Report of the Indian Hemp Drugs Commission, 1894-1895 - Volume IV
Year: 1894
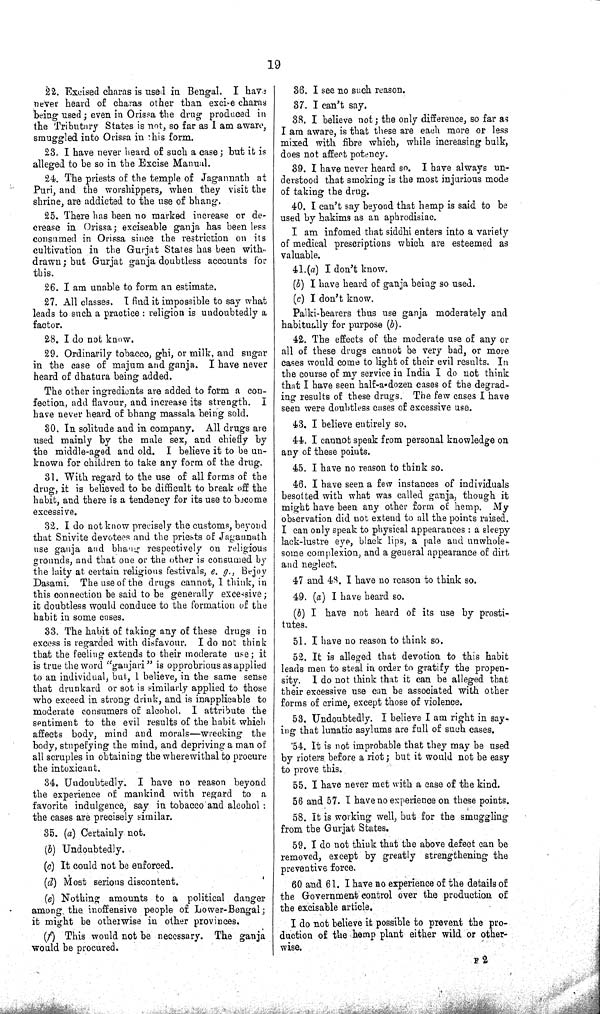
19
22. Excised charas is used in Bengal. I have
never heard of charas other than excise charas
being used; even in Orissa the drug produced in
the Tributary States is not, so far as I am aware,
smuggled into Orissa in this form.
23. I have never heard of such a case; but it is
alleged to be so in the Excise Manual.
24. The priests of the temple of Jagannath at
Puri, and the worshippers, when they visit the
shrine, are addicted to the use of bhang.
25. There has been no marked increase or de-
crease in Orissa; exciseable ganja has been less
consumed in Orissa since the restriction on its
cultivation in the Gurjat States has been with-
drawn; but Gurjat ganja doubtless accounts for
this.
26. I am unable to form an estimate.
27. All classes. I find it impossible to say what
leads to such a practice: religion is undoubtedly a
factor.
28. I do not know.
29. Ordinarily tobacco, ghi, or milk, and sugar
in the case of majum and ganja. I have never
heard of dhatura being added.
The other ingredients are added to form a con-
fection, add flavour, and increase its strength. I
have never heard of bhang massala being sold.
30. In solitude and in company. All drugs are
used mainly by the male sex, and chiefly by
the middle-aged and old. I believe it to be un-
known for children to take any form of the drug.
31. With regard to the use of all forms of the
drug, it is believed to be difficult to break off the
habit, and there is a tendency for its use to become
excessive.
32. I do not know precisely the customs, beyond
that Snivite devotees and the priests of Jagannath
use ganja and bhang respectively on religious
grounds, and that one or the other is consumed by
the laity at certain religious festivals, e. g., Bejoy
Dasami. The use of the drugs cannot, I think, in
this connection be said to be generally excessive;
it doubtless would conduce to the formation of the
habit in some cases.
33. The habit of taking any of these drugs in
excess is regarded with disfavour. I do not think
that the feeling extends to their moderate use; it
is true the word "ganjari" is opprobrious as applied
to an individual, but, I believe, in the same sense
that drunkard or sot is similarly applied to those
who exceed in strong drink, and is inapplicable to
moderate consumers of alcohol. I attribute the
sentiment to the evil results of the habit which
affects body, mind and morals—wrecking the
body, stupefying the mind, and depriving a man of
all scruples in obtaining the wherewithal to procure
the intoxicant.
34. Undoubtedly. I have no reason beyond
the experience of mankind with regard to a
favorite indulgence, say in tobacco and alcohol:
the cases are precisely similar.
35. (a) Certainly not.
(b) Undoubtedly.
(c) It could not be enforced.
(d) Most serious discontent.
(e) Nothing amounts to a political danger
among the inoffensive people of Lower-Bengal;
it might be otherwise in other provinces.
(f) This would not be necessary. The ganja
would be procured.
36. I see no such reason.
37. I can't say.
38. I believe not; the only difference, so far as
I am aware, is that these are each more or less
mixed with fibre which, while increasing bulk,
does not affect potency.
39. I have never heard so. I have always un-
derstood that smoking is the most injurious mode
of taking the drug.
40. I can't say beyond that hemp is said to be
used by hakims as an aphrodisiac.
I am infomed that siddhi enters into a variety
of medical prescriptions which are esteemed as
valuable.
41.(a) I don't know.
(b) I have heard of ganja being so used.
(c) I don't know.
Palki-bearers thus use ganja moderately and
habitually for purpose (b).
42. The effects of the moderate use of any or
all of these drugs cannot be very bad, or more
cases would come to light of their evil results. In
the course of my service in India I do not think
that I have seen half-a-dozen cases of the degrad-
ing results of these drugs. The few cases I have
seen were doubtless cases of excessive use.
43. I believe entirely so.
44. I cannot speak from personal knowledge on
any of these points.
45. I have no reason to think so.
46. I have seen a few instances of individuals
besotted with what was called ganja, though it
might have been any other form of hemp. My
observation did not extend to all the points raised.
I can only speak to physical appearances: a sleepy
lack-lustre eye, black lips, a pale and unwhole-
some complexion, and a general appearance of dirt
and neglect.
47 and 48. I have no reason to think so.
49. (a) I have heard so.
(b) I have not heard of its use by prosti-
tutes.
51. I have no reason to think so.
52. It is alleged that devotion to this habit
leads men to steal in order to gratify the propen-
sity. I do not think that it can be alleged that
their excessive use can be associated with other
forms of crime, except those of violence.
53. Undoubtedly. I believe I am right in say-
ing that lunatic asylums are full of such cases.
54. It is not improbable that they may be used
by rioters before a riot; but it would not be easy
to prove this.
55. I have never met with a case of the kind.
56 and 57. I have no experience on these points.
58. It is working well, but for the smuggling
from the Gurjat States.
59. I do not think that the above defect can be
removed, except by greatly strengthening the
preventive force.
60 and 61. I have no experience of the details of
the Government control over the production of
the excisable article.
I do not believe it possible to prevent the pro-
duction of the hemp plant either wild or other-
wise.
F 2